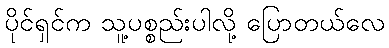
ပိုင်ရှင်က သူ့ပစ္စည်းပါလို့ ပြောတယ်လေ